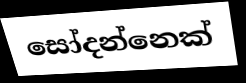
සෝදන්නෙක්